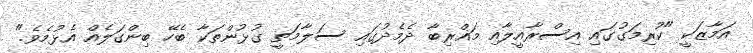
އަމާޒަކީ "ކުރިމަގުގައި އިސްރާއީލާއި މަޣްރިބާ ދެމެދުގައި ސަލާމަތީ ގުޅުންތަކާ ބެހޭ ބިންގަލެއް އެޅުމެވެ."